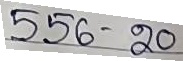
556 - 20